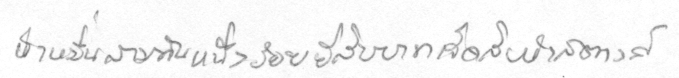
ห้าหมื่นสามพันหนึ่งร้อยยี่สิบบาทเจ็ดสิบห้าสตางค์